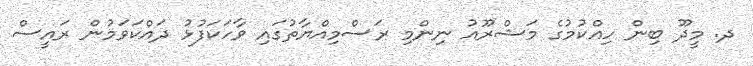
ދ. މީދޫ ބިން ހިއްކުމުގެ މަޝްރޫއު ނިންމި ރަސްމިއްޔާތުގައި ވާހަކަފުޅު ދައްކަވަމުން ރައީސް